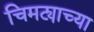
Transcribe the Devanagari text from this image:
चिमट्याच्या